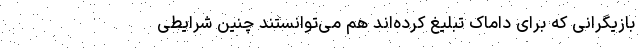
بازیگرانی که برای داماک تبلیغ کرده‌اند هم می‌توانستند چنین شرایطی